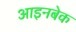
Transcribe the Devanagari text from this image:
आइनबेक